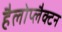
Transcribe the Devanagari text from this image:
हैलोप्लैक्टन